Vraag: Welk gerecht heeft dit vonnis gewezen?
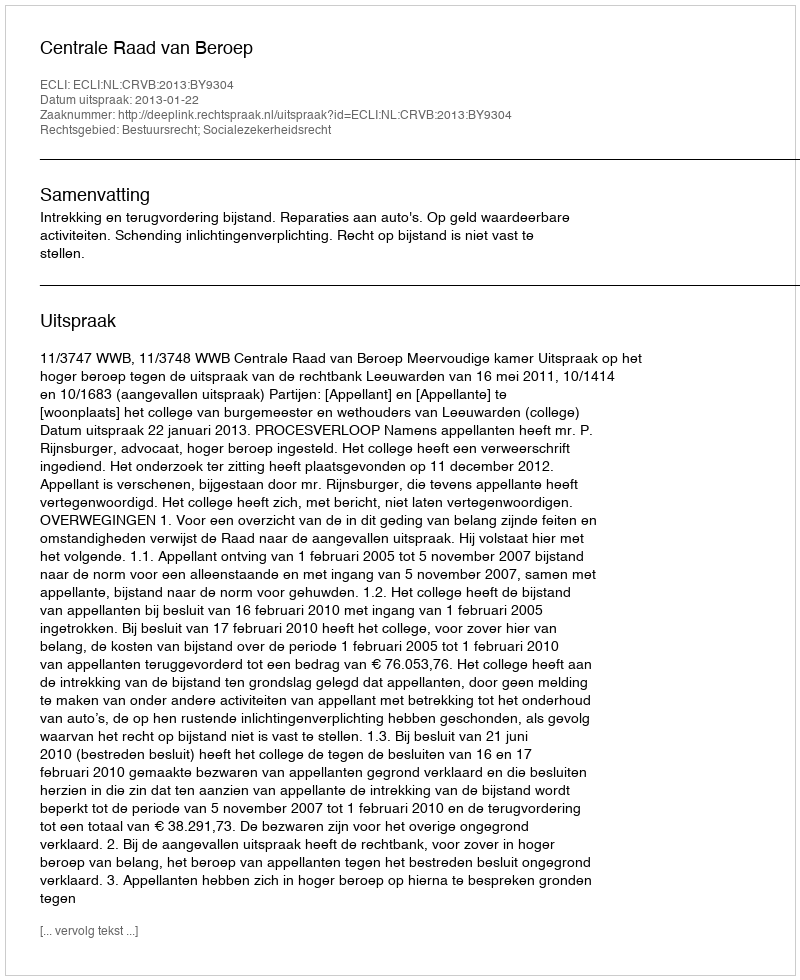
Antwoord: Centrale Raad van Beroep